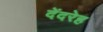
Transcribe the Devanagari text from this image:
देंदरेह